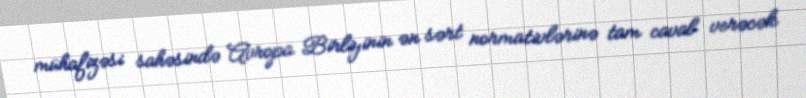
mühafizəsi sahəsində Avropa Birliyinin ən sərt normativlərinə tam cavab verəcək